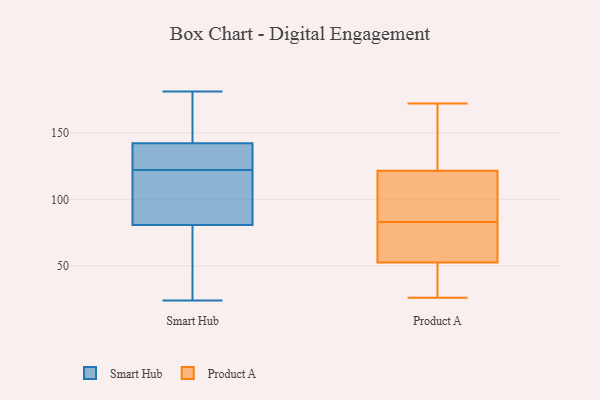
{"axis": {"x": "Waste Production (Tons)", "y": "Value"}, "legend": ["Product A", "Smart Hub"], "data": [{"x": "", "y": 114, "type": "Smart Hub"}, {"x": "", "y": 96, "type": "Smart Hub"}, {"x": "", "y": 77, "type": "Smart Hub"}, {"x": "", "y": 27, "type": "Smart Hub"}, {"x": "", "y": 92, "type": "Smart Hub"}, {"x": "", "y": 64, "type": "Smart Hub"}, {"x": "", "y": 150, "type": "Smart Hub"}, {"x": "", "y": 146, "type": "Smart Hub"}, {"x": "", "y": 24, "type": "Smart Hub"}, {"x": "", "y": 131, "type": "Smart Hub"}, {"x": "", "y": 126, "type": "Smart Hub"}, {"x": "", "y": 181, "type": "Smart Hub"}, {"x": "", "y": 125, "type": "Smart Hub"}, {"x": "", "y": 122, "type": "Smart Hub"}, {"x": "", "y": 155, "type": "Smart Hub"}, {"x": "", "y": 136, "type": "Product A"}, {"x": "", "y": 30, "type": "Product A"}, {"x": "", "y": 77, "type": "Product A"}, {"x": "", "y": 117, "type": "Product A"}, {"x": "", "y": 130, "type": "Product A"}, {"x": "", "y": 26, "type": "Product A"}, {"x": "", "y": 62, "type": "Product A"}, {"x": "", "y": 125, "type": "Product A"}, {"x": "", "y": 32, "type": "Product A"}, {"x": "", "y": 172, "type": "Product A"}, {"x": "", "y": 106, "type": "Product A"}, {"x": "", "y": 79, "type": "Product A"}, {"x": "", "y": 87, "type": "Product A"}, {"x": "", "y": 43, "type": "Product A"}, {"x": "", "y": 73, "type": "Product A"}, {"x": "", "y": 118, "type": "Product A"}]}